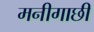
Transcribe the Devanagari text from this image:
मनीगाछी